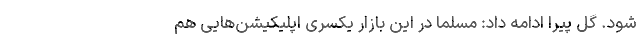
شود. گل پیرا ادامه داد: مسلما در این بازار یکسری اپلیکیشن‌هایی هم